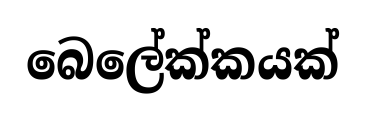
බෙලේක්කයක්